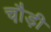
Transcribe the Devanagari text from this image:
चौ़ड़ी